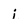
Character: i